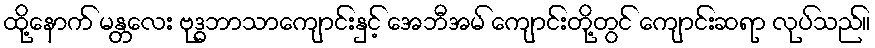
ထို့နောက် မန္တလေး ဗုဒ္ဓဘာသာကျောင်းနှင့် အေဘီအမ် ကျောင်းတို့တွင် ကျောင်းဆရာ လုပ်သည်။